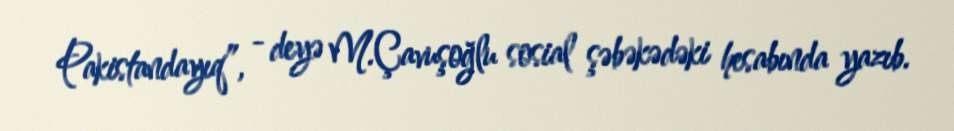
Pakistandayıq”, - deyə M.Çavuşoğlu sosial şəbəkədəki hesabında yazıb.